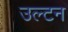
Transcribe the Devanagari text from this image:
उल्टन